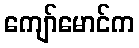
ကျော်မောင်က